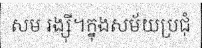
សម រង្ស៊ី។ក្នុងសម័យប្រជុំ